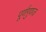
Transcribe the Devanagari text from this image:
पूर्णगुणज